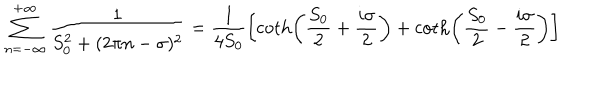
LaTeX: \sum _ { n = - \infty } ^ { + \infty } \frac { 1 } { S _ { 0 } ^ { 2 } + ( 2 \pi n - \sigma ) ^ { 2 } } = \frac { 1 } { 4 S _ { 0 } } \left[ \coth \left( \frac { S _ { 0 } } { 2 } + \frac { i \sigma } { 2 } \right) + \coth \left( \frac { S _ { 0 } } { 2 } - \frac { i \sigma } { 2 } \right) \right]